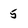
Character: 5